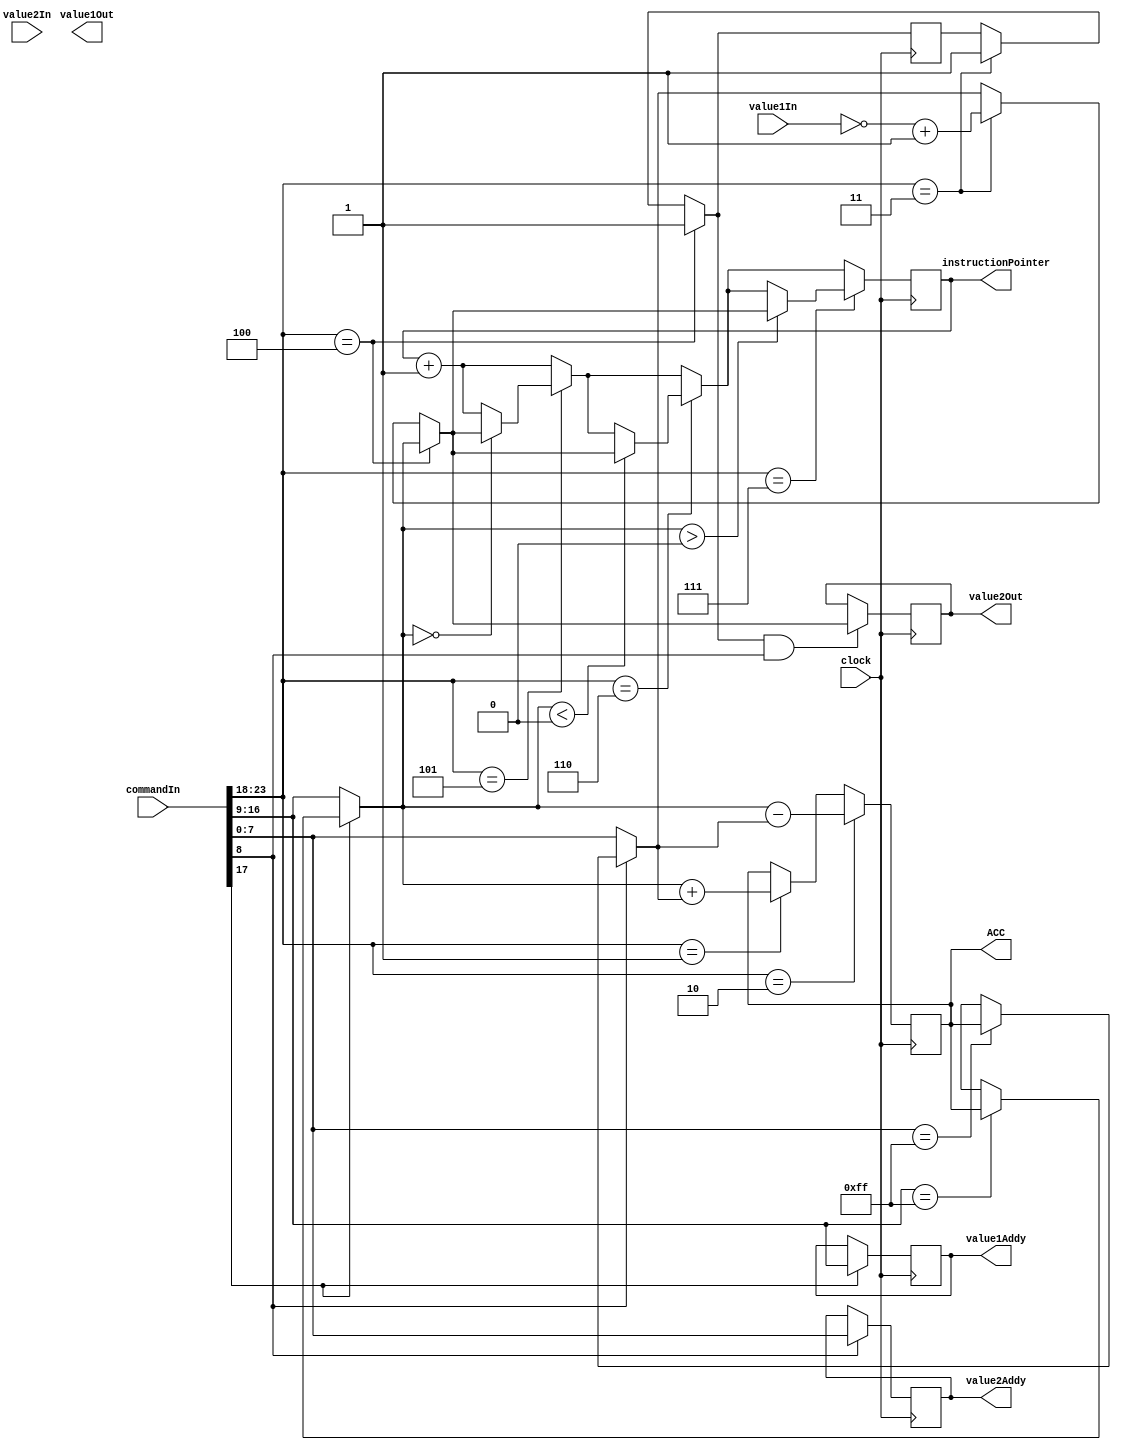
module control_matrix(
clock,
commandIn,
value1In,
value2In,
value1Out, //needed?
value1Addy, //needed?
value2Out,
value2Addy,
instructionPointer,
ACC
);

input clock;
input [23:0] commandIn;
input [7:0] value1In, value2In; //only used if addy specified
output [7:0] value1Out, value2Out, value1Addy, value2Addy, instructionPointer, ACC;

wire clock;
wire [23:0] commandIn;
wire [7:0] value1In, value2In; //only used if addy specified
reg [7:0] value1Out, value2Out, value1Addy, value2Addy, instructionPointer, ACC;

reg [5:0] commandCode;	
reg [7:0] value1Internal, value2Internal;


//output [7:0] valueGetter;
reg [7:0] valueGetter;
//input [7:0] valueGot;
wire [7:0] valueGot;

reg value1AddyFlag, value2AddyFlag, overwriteOutput;
/*
	Command format
	
	Message is 24 bits long
	First 6 bits are command code, next 18 are 9 each for value 1 and value 2
		left stuffed with 1 bit address flag. Flag is on if the value is an 
		address and not an value.
	
*/

always @(posedge clock) begin
	//Use valueGetter/valueGot to get command code? Leaving this way for command by command debugging on hardware, but for actual implementation need to be automatic with insturction pointer 

	commandCode = commandIn[23:18];

//Parse Values
//-----------------------------------------------------------------------------
	value1AddyFlag = commandIn[17];
	if (value1AddyFlag) begin
		value1Addy = commandIn[16:9];
		// Get value1 from memory using this addy
		if (value1Addy == 8'b11111111) begin //ACC flag
			value1Internal = ACC;
		end else begin
			valueGetter = value1Addy;
			#10 value1Internal = valueGot; //wait to get value
		end
	end else begin
		value1Internal = commandIn[16:9];
	end		
	value2AddyFlag = commandIn[8];
	if (value2AddyFlag) begin
		value2Addy = commandIn[7:0];
		// Get value2 from memory using this addy
		if (value2Addy == 8'b11111111) begin //ACC flag
			value2Internal = ACC;
		end else begin
			valueGetter = value2Addy;
			#10 value2Internal = valueGot; //wait to get value
		end
	end else begin
		value2Internal = commandIn[7:0];
	end
//--------------------------------------------------------------------------------

	instructionPointer = instructionPointer + 1;

//Parse Command Code and do Calculation
//--------------------------------------------------------------------------------
	if (commandCode == 6'b000001) begin //add
		ACC = value1Internal + value2Internal;
	end
	if (commandCode == 6'b000010) begin //sub
		ACC = value1Internal - value2Internal;
	end
	if (commandCode == 6'b000011) begin //invert
		value2Internal = ~value1In + 1;
		overwriteOutput = 1;
	end
	if (commandCode == 6'b000100) begin //mov
		value2Internal = value1Internal; //Addresses were input, overwrite output
		overwriteOutput = 1;
	end
	if (commandCode == 6'b000101) begin //jfe
		if (value1Internal == 0) begin
			instructionPointer = value2Internal;
		end	
	end
	if (commandCode == 6'b000110) begin //jfl
		if (value1Internal < 0) begin
			instructionPointer = value2Internal;
		end
	end
	if (commandCode == 6'b000111) begin //jfg
		if (value1Internal > 0) begin
			instructionPointer = value2Internal;
		end
	end
//--------------------------------------------------------------------------------

//Output value
//--------------------------------------------------------------------------------
	if (overwriteOutput && value2AddyFlag) begin //only command with output have value2In as an address
		//overwrite contents of value2 with this value
		//will have to change to correctly identify with memory storage
		value2Out = value2Internal;
		//value2Addy should still be valid
	end
//--------------------------------------------------------------------------------
end

endmodule